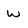
Character: w